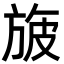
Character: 旇